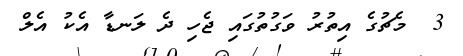
3  މެޗުގެ އިތުރު ވަގުތުގައި ޖެހި ދެ ލަނޑާ އެކު އެލް